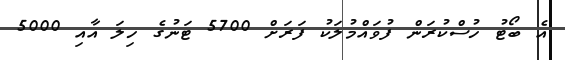
އެ ބޯޓު ހުސްކުރަން ފުވައްމުލަކު ފަރަށް 5700 ޓަނުގެ ހިލަ އާއި 5000